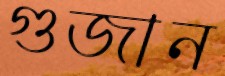
গুজান